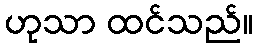
ဟုသာ ထင်သည်။